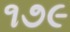
૧૭૯